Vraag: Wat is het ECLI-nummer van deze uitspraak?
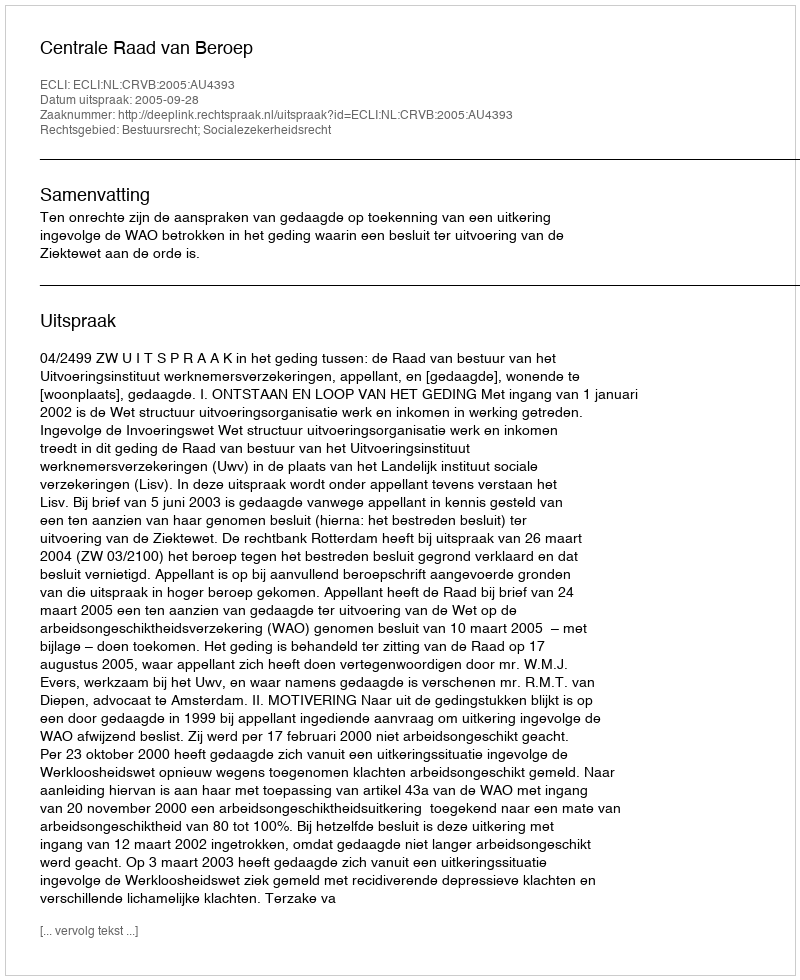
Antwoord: ECLI:NL:CRVB:2005:AU4393